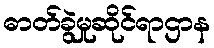
ဓာတ်ခွဲမှုဆိုင်ရာဌာန